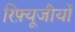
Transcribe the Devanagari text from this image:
रिफ़्यूजीयों